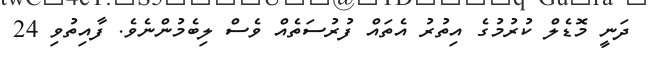
ދަނީ މޮޑެލް ކުރުމުގެ އިތުރު އެތައް ފުރުސަތެއް ވެސް ލިބެމުންނެވެ. ފާއިތުވި 24